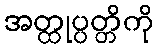
အတ္ထုပ္ပတ္တိကို